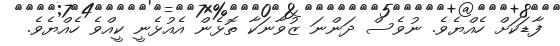
ފާޑަކަށް ހެއްޔެވެ. ނުވެސް ދަންނަ ޒުވާނަކާ ތޮޅެން އެއުޅެނީ ކީއްވެ ހެއްޔެވެ.